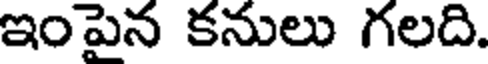
ఇంపైన కనులు గలది.